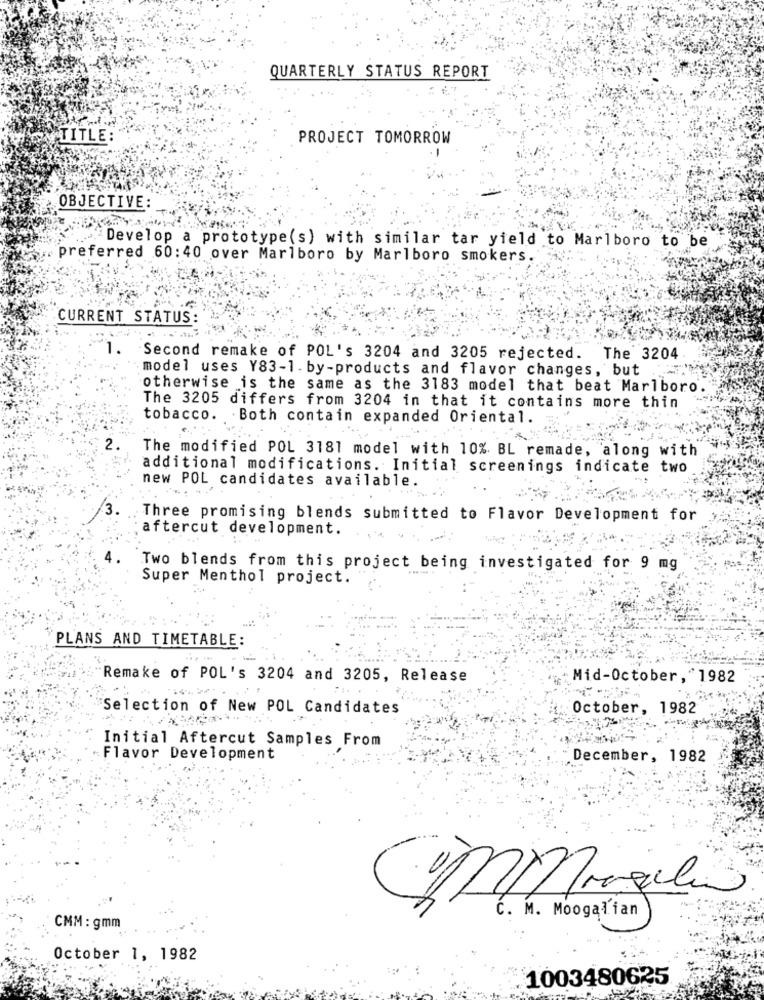
QUARTERLY STATUS REPORT
TITLE:
PROJECT TOMORROW
OBJECTIVE:
Develop a prototype(s) with similar tar yield to Marlboro to be
preferred 60:40 over Marlboro by Marlboro smokers.
CURRENT STATUS:
Second remake of POL's 3204 and 3205 rejected. The 3204
model uses Y83-1. by-products and flavor changes, but
otherwise is the same as the 3183 model that beat Marlboro
The 3205 differs from 3204 in that it contains more thin
tobacco.
. Both contain expanded Oriental.
2.
The modified POL 3181 model with 10%. BL remade, along with
additional modifications. Initial screenings indicate two
new POL candidates available.
Three promising blends submitted to Flavor Development for
aftercut development.
Two blends from this project being investigated for 9 mg
Super Menthol project.
PLANS AND TIMETABLE:
Remake of POL's 3204 and 3205, Release
Mid-October, 1982
Selection of New POL Candidates
October, 1982
Initial Aftercut Samples From
Flavor Development
December, 1982
Mmmmgali
C. M. Moogalian
CMM : gmm
October 1, 1982
1003480625